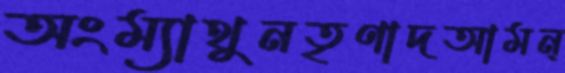
অংম্যাথুনতৃণাদআমন্